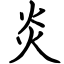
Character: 炎